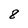
Character: 8